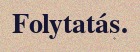
Folytatás.